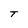
Character: T